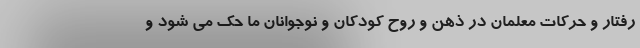
رفتار و حرکات معلمان در ذهن و روح کودکان و نوجوانان ما حک می شود و